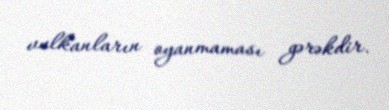
vulkanların oyanmaması gərəkdir.